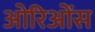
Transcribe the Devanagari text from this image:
ओरिओंस